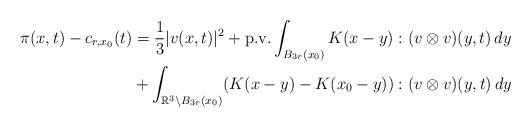
LaTeX: \begin{align*} \pi(x, t) - c_{r,x_0}(t) &= \frac{1}{3}|v(x, t)|^2 + \textnormal{p.v.} \int_{B_{3r}(x_0)} K(x - y) : (v \otimes v)(y, t) \,dy\\&+ \int_{\mathbb{R}^3 \setminus B_{3r}(x_0)} (K(x - y) - K(x_0 - y)) : (v \otimes v)(y, t) \,dy\end{align*}